Vaccination in Bombay 1874-1876 - 1874-1876
Year: 1874
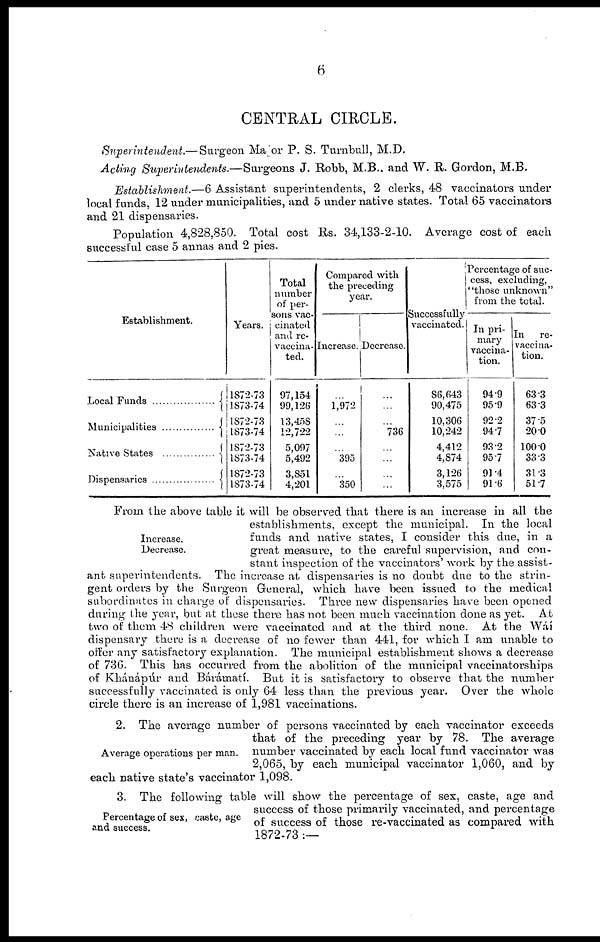
6
CENTRAL CIRCLE.
Superintendent.— Surgeon Major P. S. Turnbull, M.D.
Acting Superintendents.—Surgeons
J. Robb, M.B.. and W. R. Gordon, M.B.
Establishment.—6 Assistant superintendents, 2 clerks, 48 vaccinators under
local funds, 12 under municipalities, and 5 under native states. Total 65 vaccinators
and 21 dispensaries.
Population 4,828,850. Total cost Rs. 34,133-2-10. Average cost of each
successful case 5 annas and 2 pies.
Establishment.
Local Funds
Municipalities
Native States
Dispensaries
Years.
1872-73
1873-74
1872-73
1873-74
1872-73
1873-74
1872-73
1873-74
Total
number
of per-
sons vac-
cinated
and re-
vaccina-
ted.
97,154
99,126
13,458
12,722
5,097
5,492
3,851
4,201
Compared with
the preceding
year.
Increase.
...
1,972
...
...
...
395
...
350
Decrease.
...
...
...
736
...
...
...
...
Successfully
vaccinated.
86,643
90,475
10,306
10,242
4,412
4,874
3,126
3,575
Percentage of suc-
cess, excluding,
"those unknown"
from the total.
In pri-
mary
vaccina-
tion.
94.9
95.9
92.2
94.7
93.2
95.7
91.4
91.6
In
re-
vaccina-
tion.
63.3
63.3
37.5
20.0
100.0
33.3
31.3
51.7
Increase.
Decrease.
From the above table it will be observed that there is an increase in all the
establishments, except the municipal. In the local
funds and native states, I consider this due, in a
great measure, to the careful supervision, and con-
stant inspection of the vaccinators' work by the assist-
ant superintendents. The increase at dispensaries is no doubt due to the strin-
gent orders by the Surgeon General, which have been issued to the medical
subordinates in charge of dispensaries. Three new dispensaries have been opened
during the year, but at these there has not been much vaccination done as yet. At
two of them 48 children were vaccinated and at the third none. At the Wáí
dispensary there is a decrease of no fewer than 441, for which I am unable to
offer any satisfactory explanation. The municipal establishment shows a decrease
of 736. This has occurred from the abolition of the municipal vaccinatorships
of Khánápúr and Bárámatí. But it is satisfactory to observe that the number
successfully vaccinated is only 64 less than the previous year. Over the whole
circle there is an increase of 1,981 vaccinations.
Average operations per man.
2. The average number of persons vaccinated by each vaccinator exceeds
that of the preceding year by 78. The average
number vaccinated by each local fund vaccinator was
2,065, by each municipal vaccinator 1,060, and by
each native state's vaccinator 1,098.
Percentage of sex, caste, age
and success.
3. The following table will show the percentage of sex, caste, age and
success of those primarily vaccinated, and percentage
of success of those re-vaccinated as compared with
1872-73 :—